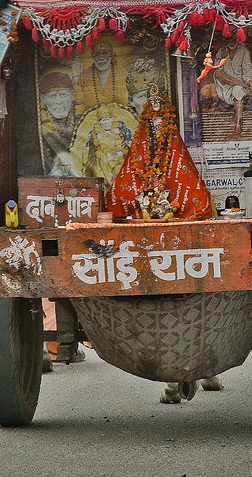
Language: hindi
Transcription: पात्र राम साँई दान